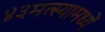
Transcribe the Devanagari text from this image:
४३मत्स्यामध्यें